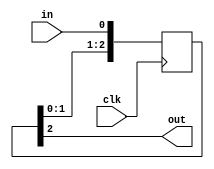
module delayN(clk,in,out);
   input clk;
   input in;
   output out;
   parameter NDELAY = 3;
   reg [NDELAY-1:0] shiftreg;
   wire 	    out = shiftreg[NDELAY-1];
   always @(posedge clk)
     shiftreg <= {shiftreg[NDELAY-2:0],in};
endmodule